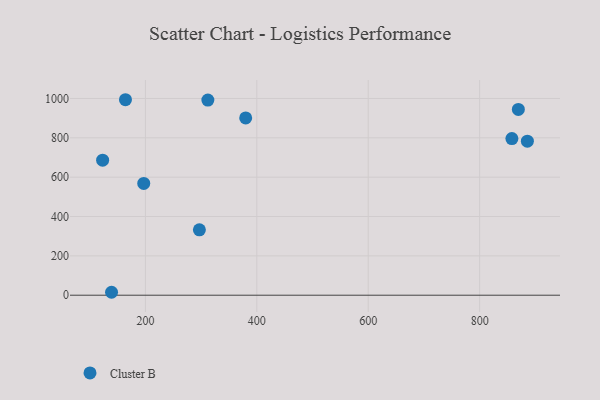
{"axis": {"x": "Ad Spend", "y": "Yield"}, "legend": ["Cluster B"], "data": [{"x": "857.9", "y": 796.0, "type": "Cluster B"}, {"x": "197.0", "y": 568.2, "type": "Cluster B"}, {"x": "885.7", "y": 783.0, "type": "Cluster B"}, {"x": "139.2", "y": 14.9, "type": "Cluster B"}, {"x": "380.0", "y": 901.1, "type": "Cluster B"}, {"x": "164.2", "y": 993.6, "type": "Cluster B"}, {"x": "296.9", "y": 332.1, "type": "Cluster B"}, {"x": "123.2", "y": 686.3, "type": "Cluster B"}, {"x": "869.5", "y": 944.1, "type": "Cluster B"}, {"x": "312.1", "y": 991.8, "type": "Cluster B"}]}